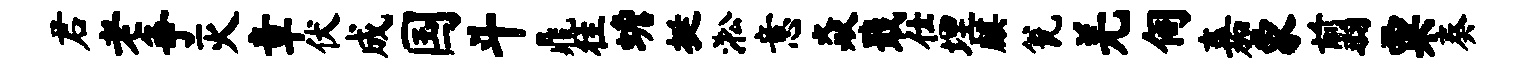
君老争灭章伏成国斗鼎往蟾挺淞意焱戢仕埋麒瓮羌伺嘉象翦粟奏